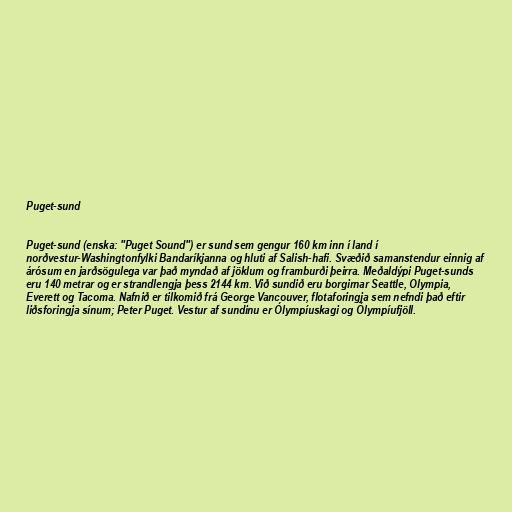
Puget-sund

Puget-sund (enska: "Puget Sound") er sund sem gengur 160 km inn í land í
norðvestur-Washingtonfylki Bandaríkjanna og hluti af Salish-hafi. Svæðið samanstendur einnig af
árósum en jarðsögulega var það myndað af jöklum og framburði þeirra. Meðaldýpi Puget-sunds
eru 140 metrar og er strandlengja þess 2144 km. Við sundið eru borgirnar Seattle, Olympia,
Everett og Tacoma. Nafnið er tilkomið frá George Vancouver, flotaforingja sem nefndi það eftir
liðsforingja sínum; Peter Puget. Vestur af sundinu er Ólympíuskagi og Ólympíufjöll.